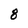
Character: 8